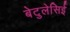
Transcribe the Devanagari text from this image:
बेटुलेसिई